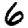
Digit: 6